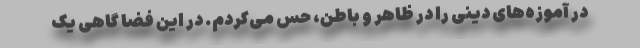
در آموزه‌های دینی را در ظاهر و باطن، حس می‌کردم. در این فضا گاهی یک